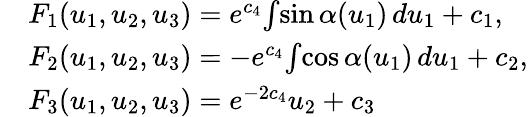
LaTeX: \begin{array}{rl}&{F_{1}(u_{1},u_{2},u_{3})=e^{c_{4}}\! \int\! \sin\alpha(u_{1})\, du_{1}+c_{1},}\\ &{F_{2}(u_{1},u_{2},u_{3})=-e^{c_{4}}\! \int\! \cos\alpha(u_{1})\, du_{1}+c_{2},}\\ &{F_{3}(u_{1},u_{2},u_{3})=e^{-2c_{4}}u_{2}+c_{3}}\end{array}